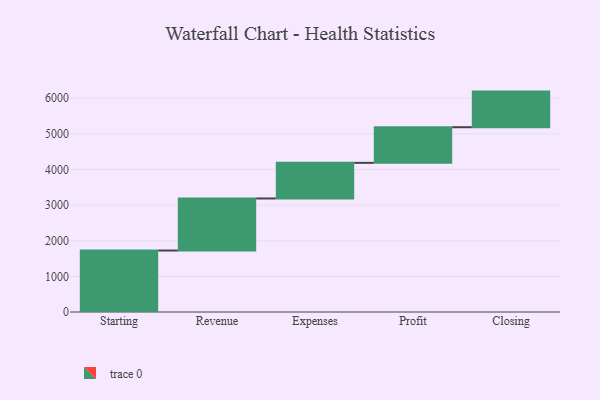
{"axis": {"x": "Step", "y": "Value"}, "legend": [""], "data": [{"x": "Starting", "y": 1726.0, "type": ""}, {"x": "Revenue", "y": 1461.0, "type": ""}, {"x": "Expenses", "y": 1000, "type": ""}, {"x": "Profit", "y": 1000, "type": ""}, {"x": "Closing", "y": 1000, "type": ""}]}